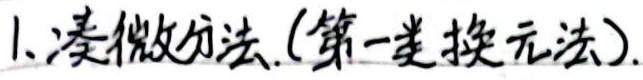
1.凑微分法.(第一类换元法).